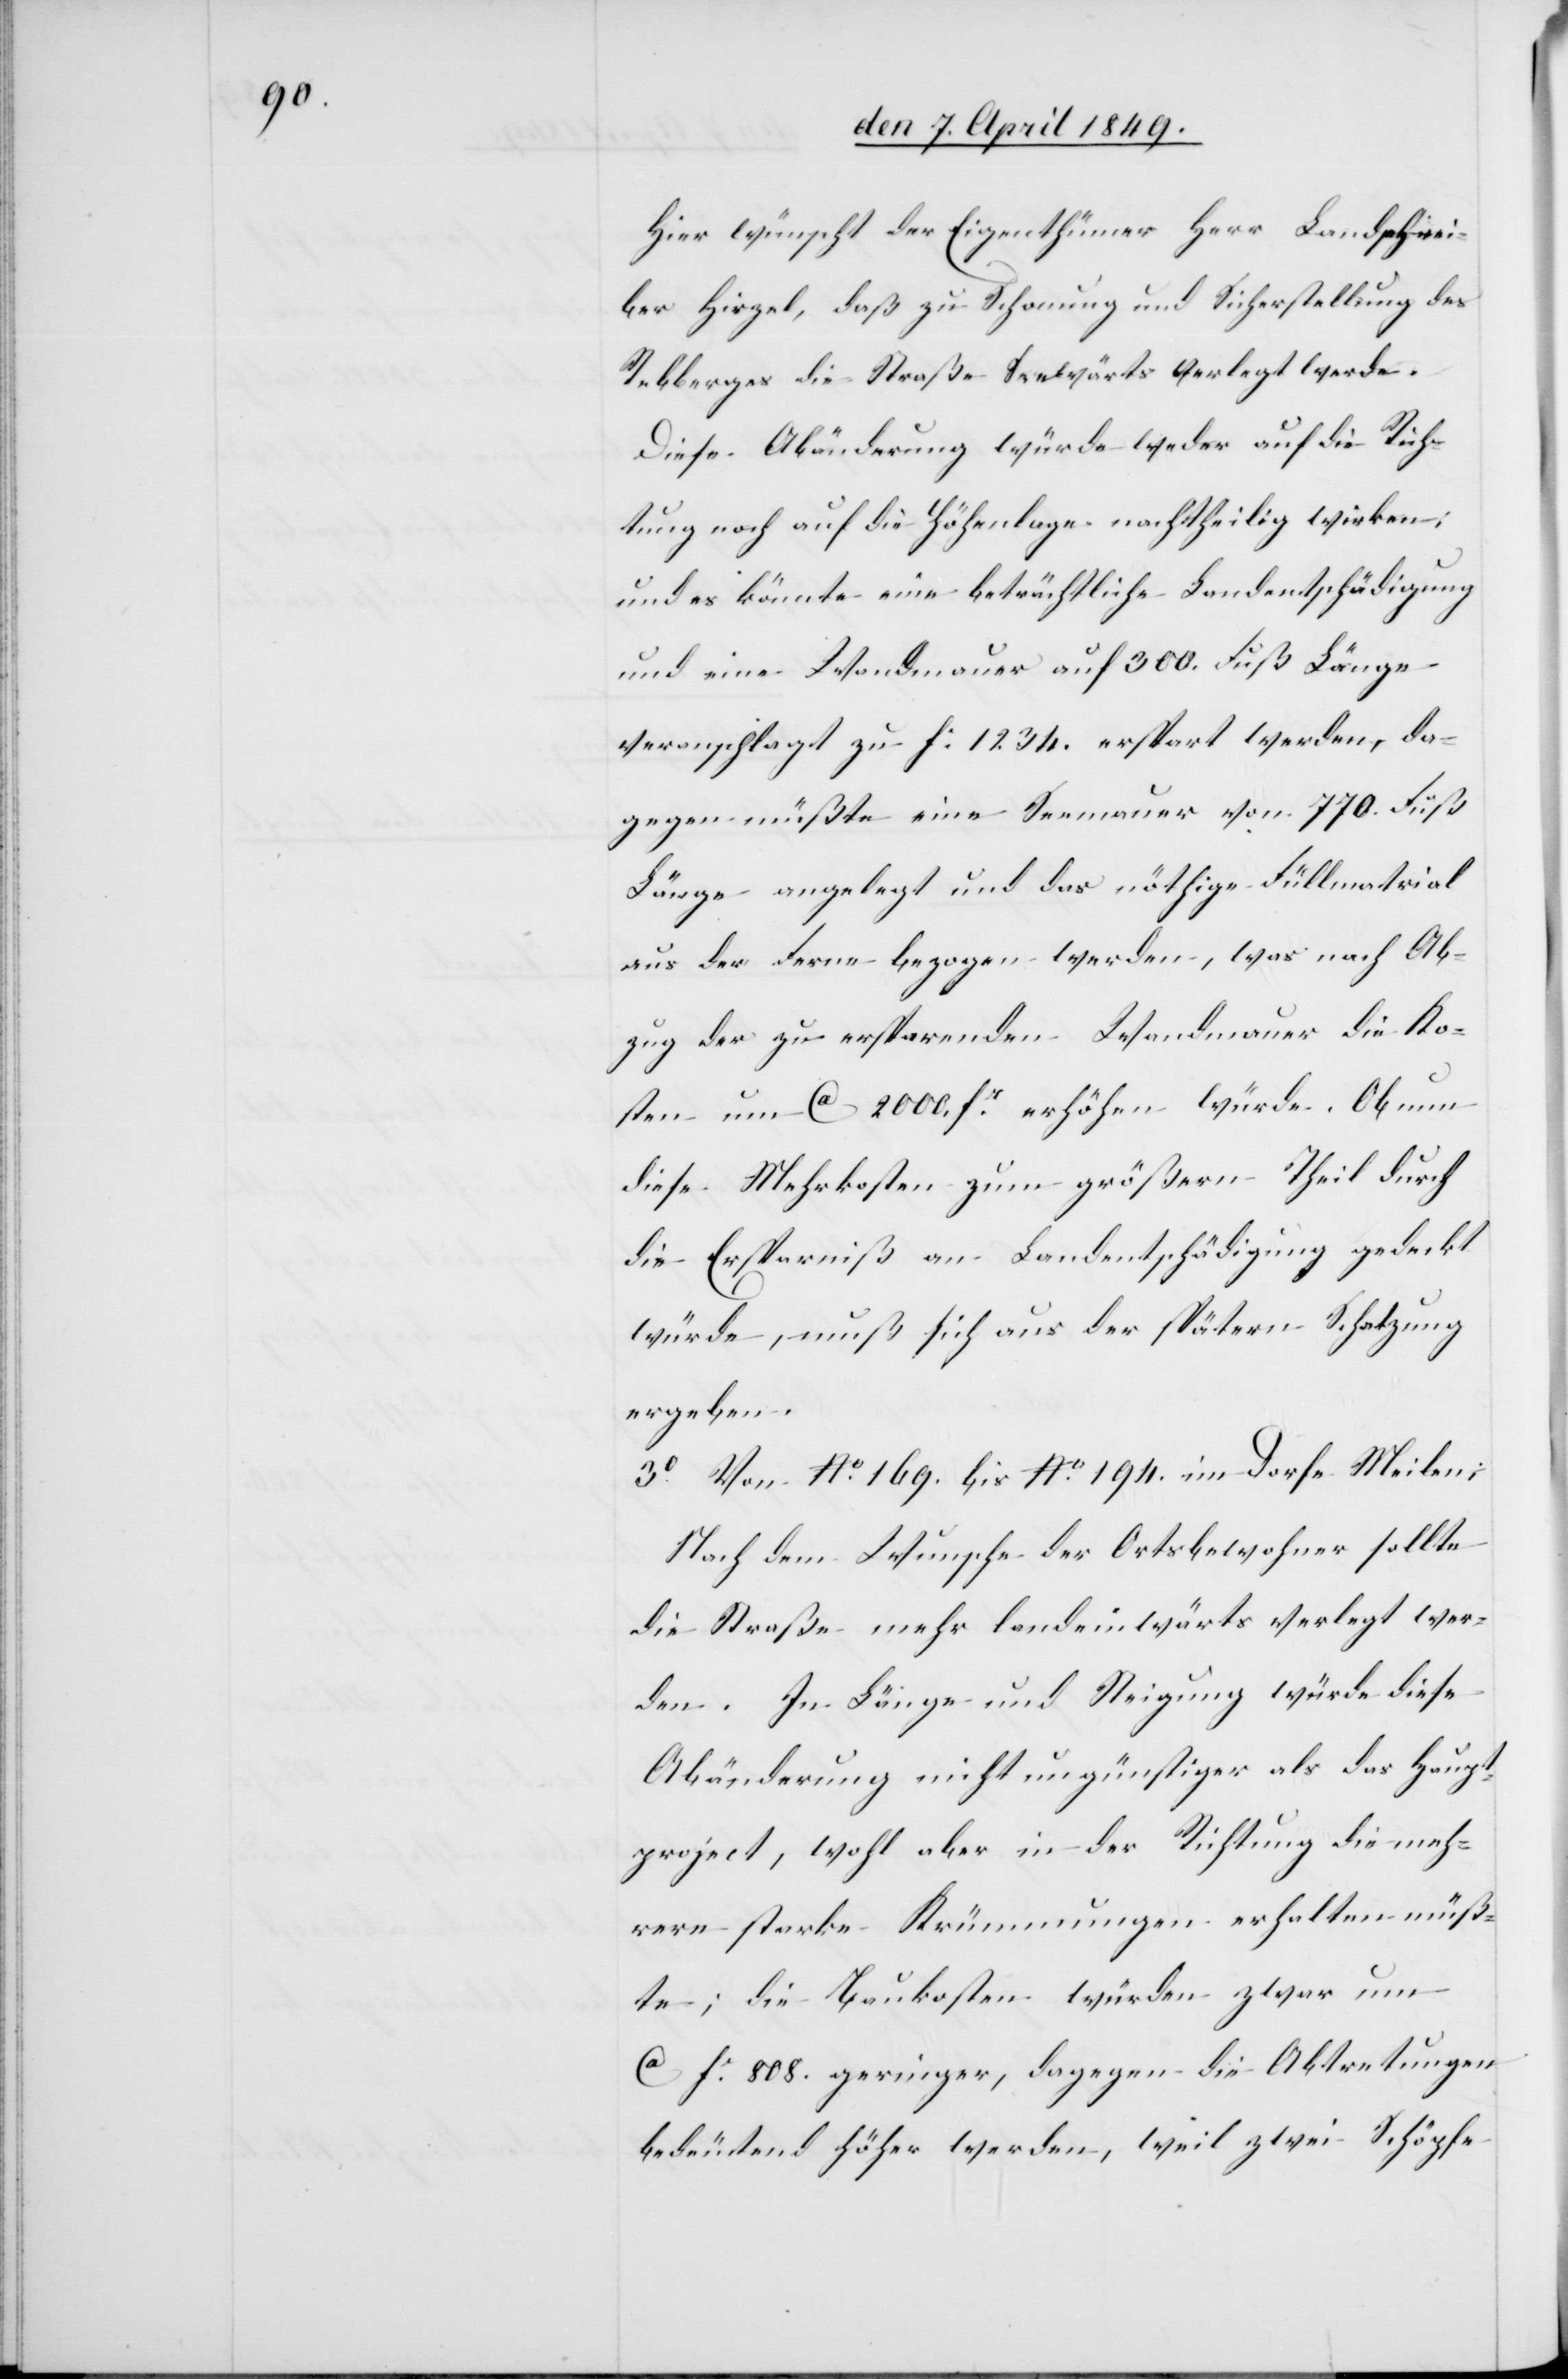
Hier wünscht der Eigenthümer Herr Landschrei¬
ber Hirzel, daß zu Schonung und Sicherstellung des
Rebberges die Straße Seewärts verlegt werde.
Diese Abänderung würde weder auf die Rich¬
tung noch auf die Höhenlage nachtheilig wirken:
und es könnte eine beträchtliche Landentschädigung
und eine Wandmauer auf 300. Fuß Länge
veranschlagt zu f: 1 234. erspart werden, da¬
gegen müßte eine Seemauer von 770. Fuß
Länge angelegt und das nöthige Füllmaterial
aus der Ferne bezogen werden, was nach Ab¬
zug der zu ersparenden Wandmauer die Ko¬
sten um ca 2000. fr erhöhen würde. Ob nun
diese Mehrkosten zum größern Theil durch
die Ersparniß an Landentschädigung gedeckt
würde, muß sich aus der spätern Schatzung
ergeben.
3° Von No 169. bis No 194. im Dorfe Meilen;
Nach dem Wunsche der Ortsbewohner sollte
die Straße mehr landeinwärts verlegt wer¬
den. In Länge und Steigung würde diese
Abänderung nicht ungünstiger als das Haupt¬
project, wohl aber in der Richtung die meh¬
rere starke Krümmungen erhalten müß¬
te; die Baukosten würden zwar um
ca fr 808. geringer, dagegen die Abtretungen
bedeutend höher werden, weil zwei Schöpfe